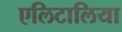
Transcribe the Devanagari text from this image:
एलिटालिया